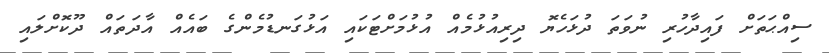
ސިއްޙަތަށް ފައިދާހުރި ނުވަތަ ދުޅަހެޔޮ ދިރިއުޅުމެއް އުޅުމަށްޓަކައި އަޅުގަނޑުމެންގެ ބައެއް އާދަތައް ދޫކޮށްލައި